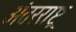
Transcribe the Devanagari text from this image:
अंतरराष्ट्र